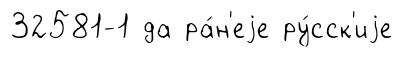
32581-1 да ра́н'еjе ру́сск'иjе